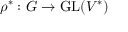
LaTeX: \rho ^ { * } : G \to { \mathrm { G L } } ( V ^ { * } )